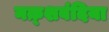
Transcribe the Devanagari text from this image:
नक़्शबंदिया